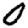
Digit: 0